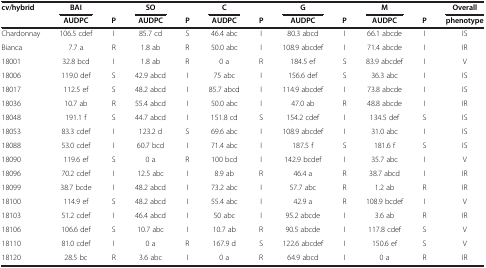
<table><thead><tr><td><b>cv/hybrid</b></td><td><b>BAI</b></td><td><b> </b></td><td><b>SO</b></td><td><b> </b></td><td><b>C</b></td><td><b> </b></td><td><b>G</b></td><td><b> </b></td><td><b>M</b></td><td><b> </b></td><td><b>Overall</b></td></tr><tr><td><b> </b></td><td><b>AUDPC</b></td><td><b>P</b></td><td><b>AUDPC</b></td><td><b>P</b></td><td><b>AUDPC</b></td><td><b>P</b></td><td><b>AUDPC</b></td><td><b>P</b></td><td><b>AUDPC</b></td><td><b>P</b></td><td><b>phenotype</b></td></tr></thead><tbody><tr><td>Chardonnay</td><td>106.5 cdef</td><td>I</td><td>85.7 cd</td><td>S</td><td>46.4 abc</td><td>I</td><td>80.3 abcd</td><td>I</td><td>66.1 abcde</td><td>I</td><td>IS</td></tr><tr><td>Bianca</td><td>7.7 a</td><td>R</td><td>1.8 ab</td><td>R</td><td>50.0 abc</td><td>I</td><td>108.9 abcdef</td><td>I</td><td>71.4 abcde</td><td>I</td><td>IR</td></tr><tr><td>18001</td><td>32.8 bcd</td><td>I</td><td>1.8 ab</td><td>R</td><td>0 a</td><td>R</td><td>184.5 ef</td><td>S</td><td>83.9 abcdef</td><td>I</td><td>V</td></tr><tr><td>18006</td><td>119.0 def</td><td>S</td><td>42.9 abcd</td><td>I</td><td>75 abc</td><td>I</td><td>156.6 def</td><td>S</td><td>36.3 abc</td><td>I</td><td>IS</td></tr><tr><td>18017</td><td>112.5 ef</td><td>S</td><td>48.2 abcd</td><td>I</td><td>85.7 abcd</td><td>I</td><td>114.9 abcdef</td><td>I</td><td>73.8 abcde</td><td>I</td><td>IS</td></tr><tr><td>18036</td><td>10.7 ab</td><td>R</td><td>55.4 abcd</td><td>I</td><td>50.0 abc</td><td>I</td><td>47.0 ab</td><td>R</td><td>48.8 abcde</td><td>I</td><td>IR</td></tr><tr><td>18048</td><td>191.1 f</td><td>S</td><td>44.7 abcd</td><td>I</td><td>151.8 cd</td><td>S</td><td>154.2 cdef</td><td>I</td><td>134.5 def</td><td>S</td><td>IS</td></tr><tr><td>18053</td><td>83.3 cdef</td><td>I</td><td>123.2 d</td><td>S</td><td>69.6 abc</td><td>I</td><td>108.9 abcdef</td><td>I</td><td>31.0 abc</td><td>I</td><td>IS</td></tr><tr><td>18088</td><td>53.0 cdef</td><td>I</td><td>60.7 bcd</td><td>I</td><td>71.4 abc</td><td>I</td><td>187.5 f</td><td>S</td><td>181.6 f</td><td>S</td><td>IS</td></tr><tr><td>18090</td><td>119.6 ef</td><td>S</td><td>0 a</td><td>R</td><td>100 bcd</td><td>I</td><td>142.9 bcdef</td><td>I</td><td>35.7 abc</td><td>I</td><td>V</td></tr><tr><td>18096</td><td>70.2 cdef</td><td>I</td><td>12.5 abc</td><td>I</td><td>8.9 ab</td><td>R</td><td>46.4 a</td><td>R</td><td>38.7 abcd</td><td>I</td><td>IR</td></tr><tr><td>18099</td><td>38.7 bcde</td><td>I</td><td>48.2 abcd</td><td>I</td><td>73.2 abc</td><td>I</td><td>57.7 abc</td><td>R</td><td>1.2 ab</td><td>R</td><td>IR</td></tr><tr><td>18100</td><td>114.9 ef</td><td>S</td><td>48.2 abcd</td><td>I</td><td>55.4 abc</td><td>I</td><td>42.9 a</td><td>R</td><td>108.9 bcdef</td><td>I</td><td>V</td></tr><tr><td>18103</td><td>51.2 cdef</td><td>I</td><td>46.4 abcd</td><td>I</td><td>50 abc</td><td>I</td><td>95.2 abcde</td><td>I</td><td>3.6 ab</td><td>R</td><td>IR</td></tr><tr><td>18106</td><td>106.6 def</td><td>S</td><td>10.7 abc</td><td>I</td><td>10.7 ab</td><td>R</td><td>90.5 abcde</td><td>I</td><td>117.8 cdef</td><td>S</td><td>V</td></tr><tr><td>18110</td><td>81.0 cdef</td><td>I</td><td>0 a</td><td>R</td><td>167.9 d</td><td>S</td><td>122.6 abcdef</td><td>I</td><td>150.6 ef</td><td>S</td><td>V</td></tr><tr><td>18120</td><td>28.5 bc</td><td>R</td><td>3.6 abc</td><td>I</td><td>0 a</td><td>R</td><td>64.9 abcd</td><td>I</td><td>0 a</td><td>R</td><td>IR</td></tr></tbody></table>